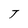
Character: T